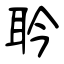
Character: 耹